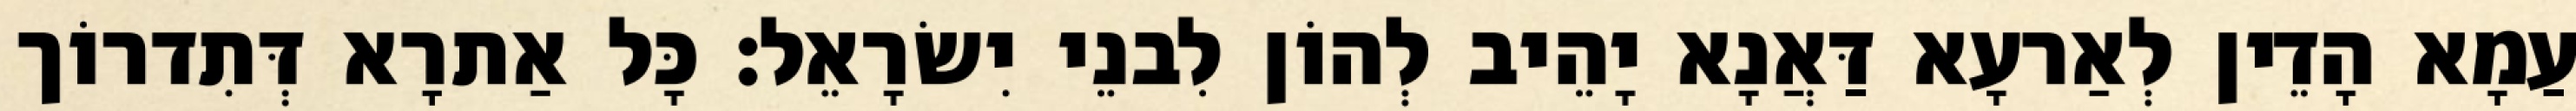
עַמָא הָדֵין לְאַרעָא דַּאֲנָא יָהֵיב לְהוֹן לִבנֵי יִשׂרָאֵל׃ כָּל אַתרָא דְּתִדרוֹך